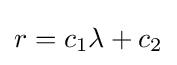
{\textstyle r=c_{1}\lambda +c_{2}}